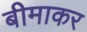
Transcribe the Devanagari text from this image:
बीमाकर